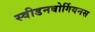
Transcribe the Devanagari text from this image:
स्वीडनबोर्गियनस